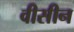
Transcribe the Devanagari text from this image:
वीसीन